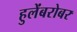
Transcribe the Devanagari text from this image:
हुलेंबरोबर